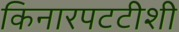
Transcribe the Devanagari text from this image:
किनारपटटीशी